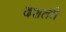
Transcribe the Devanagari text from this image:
दशतमे